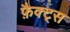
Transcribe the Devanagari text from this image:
फ़ैक्ट्स